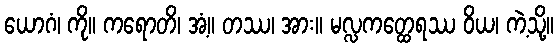
ယောဂံ၊ ကို။ ကရောတိ၊ အံ့။ တဿ၊ အား။ မလ္လကတ္ထေရဿ ဝိယ၊ ကဲ့သို့။